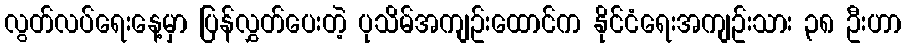
လွတ်လပ်ရေးနေ့မှာ ပြန်လွှတ်ပေးတဲ့ ပုသိမ်အကျဥ်းထောင်က နိုင်ငံရေးအကျဥ်းသား ၃၈ ဦးဟာ